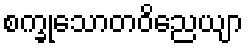
စက္ခုသောတဝိညေယျာ